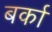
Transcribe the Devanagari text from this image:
बर्का